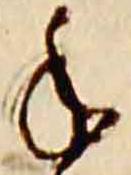
年